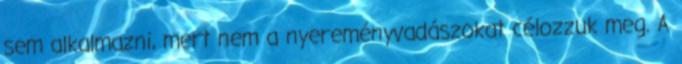
sem alkalmazni, mert nem a nyereményvadászokat célozzuk meg. A